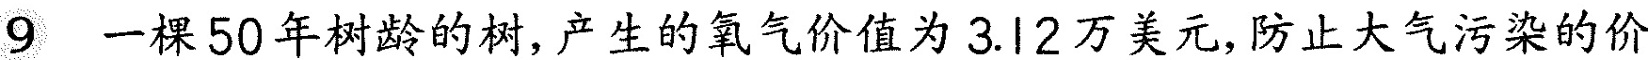
9 一棵50年树龄的树，产生的氧气价值为3.12万美元，防止大气污染的价